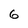
Character: 6